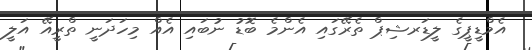
އެމްޑީޕީގެ ލީޑަރޝިޕް ތެރޭގައި އެންމެ ބޮޑު ނުބައި އެއް މިހަދަނީ ތްރީއޭ އަލީ